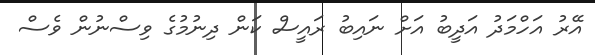
އޭރު އަހްމަދު އަދީބު އަށް ނައިބު ރައީސް ކަން ދިނުމުގެ ވިސްނުން ވެސް